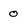
Character: 0